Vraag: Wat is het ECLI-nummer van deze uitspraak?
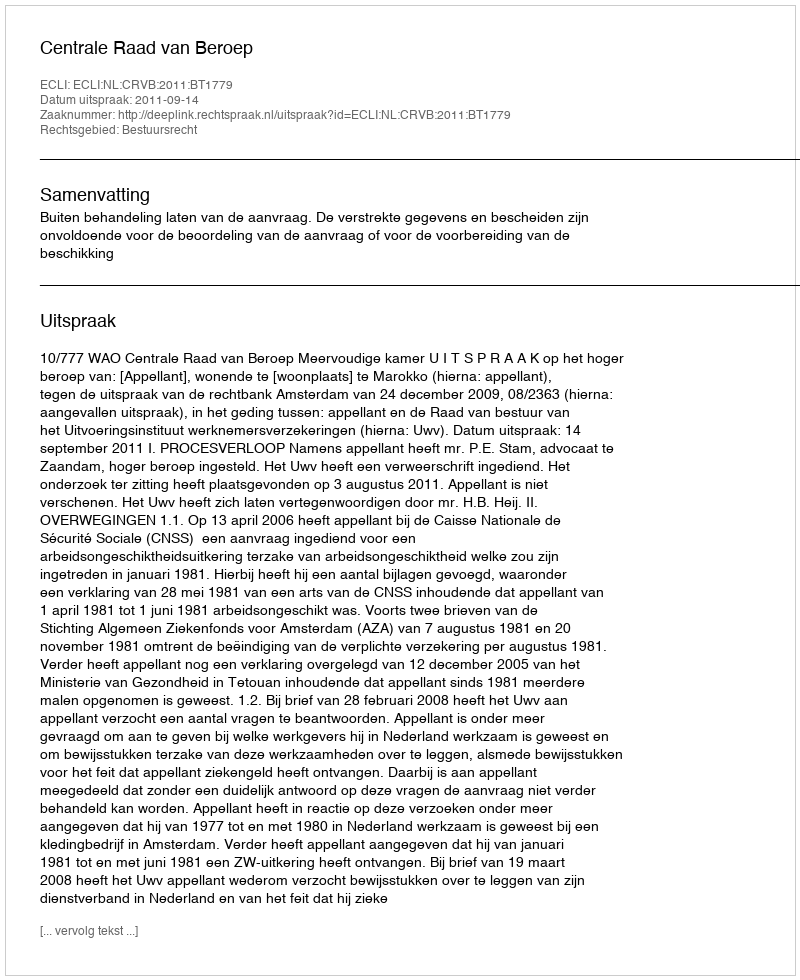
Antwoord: ECLI:NL:CRVB:2011:BT1779